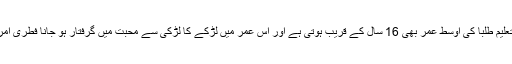
اس ٹیچر کی اوسط عمر بیس سے بائیس سال کے درمیان ہوتی ہے اور وہاں زیر تعلیم طلبا کی اوسط عمر بھی 16 سال کے قریب ہوتی ہے اور اس عمر میں لڑکے کا لڑکی سے محبت میں گرفتار ہو جانا فطری امر ہے یا اپنی ہی عمر کی ٹیچر کے ساتھ عشق میں مبتلا ہو جانا بھی نئی بات نہیں۔